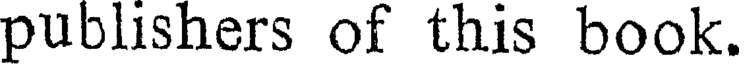
publishers of this book.